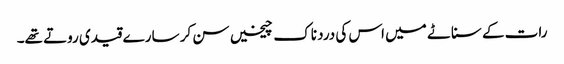
رات کے سناٹے میں اس کی درد ناک چیخیں سن کر سارے قیدی روتے تھے۔